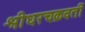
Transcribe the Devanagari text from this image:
श्रीधरचक्रवर्ती